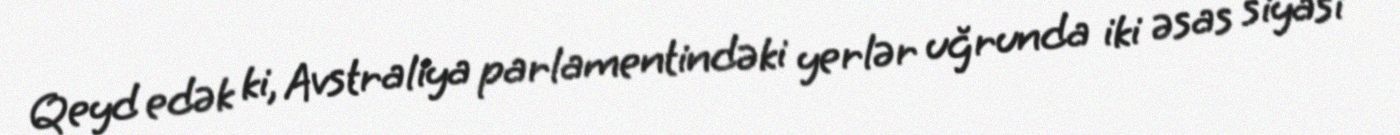
Qeyd edək ki, Avstraliya parlamentindəki yerlər uğrunda iki əsas siyasi